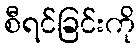
စီရင်ခြင်းကို